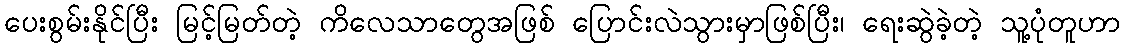
ပေးစွမ်းနိုင်ပြီး မြင့်မြတ်တဲ့ ကိလေသာတွေအဖြစ် ပြောင်းလဲသွားမှာဖြစ်ပြီး၊ ရေးဆွဲခဲ့တဲ့ သူ့ပုံတူဟာ